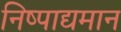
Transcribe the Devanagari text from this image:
निष्पाद्यमान